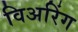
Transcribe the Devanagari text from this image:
विअरिंग